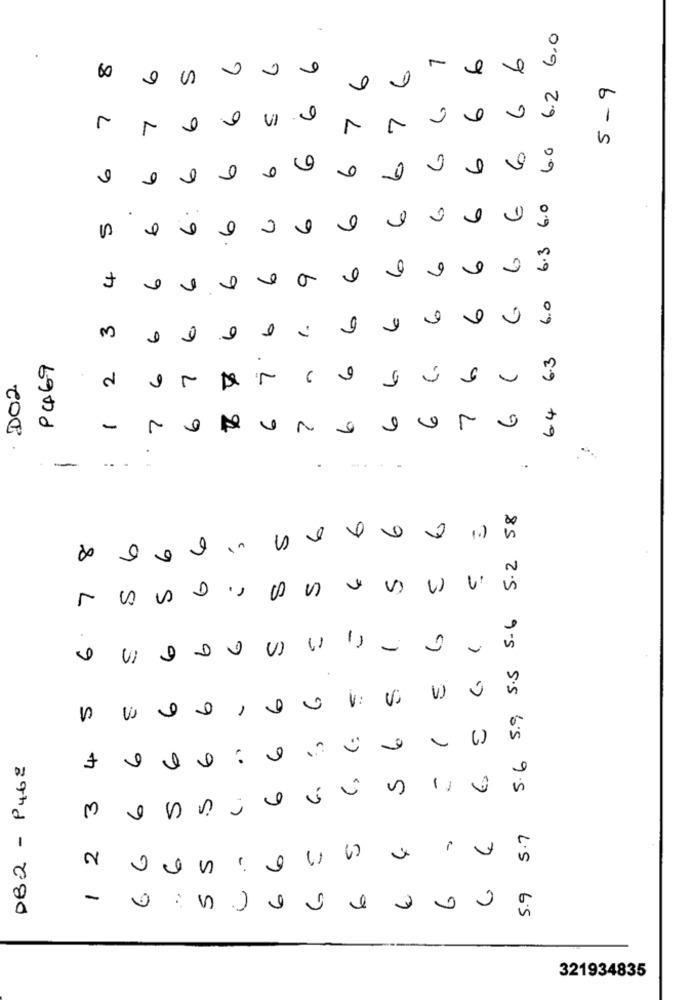
6.0
6
.
S
60
0
6.2
5 - 9
6
6
6
7
6
7
7
7
VI
2
6.0
6
6
6
6
6
6
6
0
6.
6.0
.
0
6
5
6
.6
6.3
6
4
6
6
9
9
6.0
0
6
3
6
6
1.
6.3
PC69
7
6
2
6
. DO2
7
6
7
64
-
.
..
-
-
58
0
S
2
8
6
In
5.2
7
S
S
D
5.5 5.6
-
-
6
0
VI
S
S
6
5
0
-
V:
5.6 5.9
6
6
( )
4
6
6
082 - P462
S
-
3
6
5.7
€
2
6 6
6
5
1
5
6
6
6
5.9
:
321934835